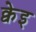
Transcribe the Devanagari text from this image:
क्वेइ